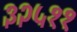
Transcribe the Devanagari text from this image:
३२५११